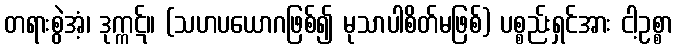
တရားစွဲအံ့၊ ဒုက္ကဋ်။ (သဟပယောဂဖြစ်၍ မုသာပါစိတ်မဖြစ်) ပစ္စည်းရှင်အား ငါ့ဥစ္စာ